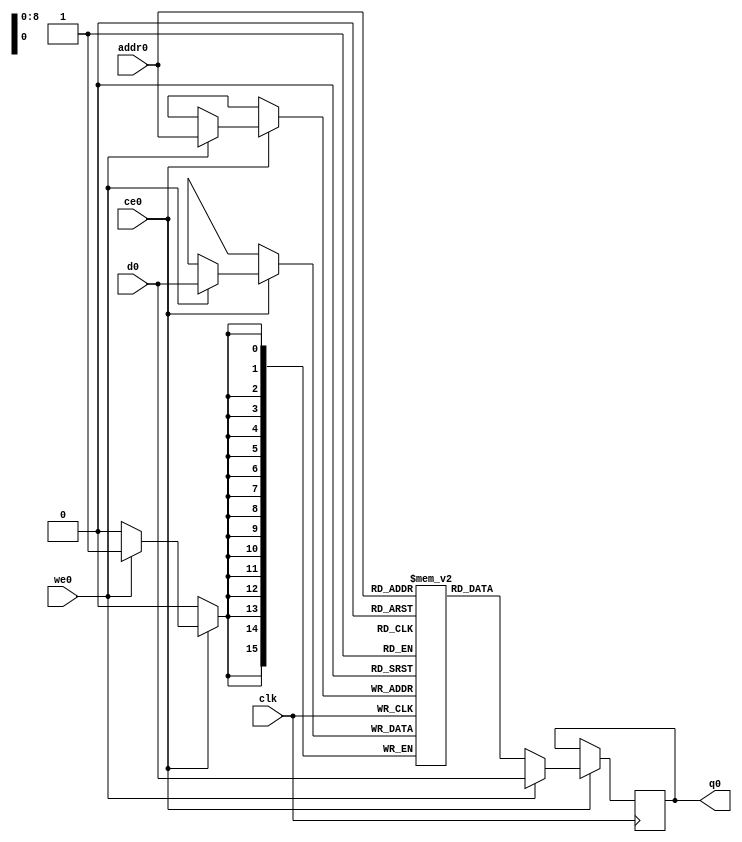
// ==============================================================
// File generated by Vivado(TM) HLS - High-Level Synthesis from C, C++ and SystemC
// Version: 2017.4
// Copyright (C) 1986-2017 Xilinx, Inc. All Rights Reserved.
// 
// ==============================================================

`timescale 1 ns / 1 ps
module line_buffer_0_bufbkb_ram (addr0, ce0, d0, we0, q0,  clk);

parameter DWIDTH = 16;
parameter AWIDTH = 9;
parameter MEM_SIZE = 384;

input[AWIDTH-1:0] addr0;
input ce0;
input[DWIDTH-1:0] d0;
input we0;
output reg[DWIDTH-1:0] q0;
input clk;

(* ram_style = "block" *)reg [DWIDTH-1:0] ram[0:MEM_SIZE-1];




always @(posedge clk)  
begin 
    if (ce0) 
    begin
        if (we0) 
        begin 
            ram[addr0] <= d0; 
            q0 <= d0;
        end 
        else 
            q0 <= ram[addr0];
    end
end


endmodule


`timescale 1 ns / 1 ps
module line_buffer_0_bufbkb(
    reset,
    clk,
    address0,
    ce0,
    we0,
    d0,
    q0);

parameter DataWidth = 32'd16;
parameter AddressRange = 32'd384;
parameter AddressWidth = 32'd9;
input reset;
input clk;
input[AddressWidth - 1:0] address0;
input ce0;
input we0;
input[DataWidth - 1:0] d0;
output[DataWidth - 1:0] q0;



line_buffer_0_bufbkb_ram line_buffer_0_bufbkb_ram_U(
    .clk( clk ),
    .addr0( address0 ),
    .ce0( ce0 ),
    .d0( d0 ),
    .we0( we0 ),
    .q0( q0 ));

endmodule